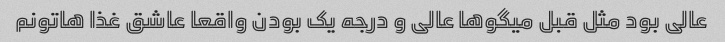
عالی بود مثل قبل میگو‌ها عالی و درجه یک بودن واقعا عاشق غذا هاتونم